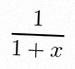
\frac{1}{1+x}